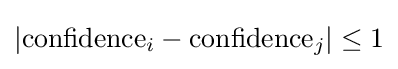
\vert \mathrm {confidence} _{i}-\mathrm {confidence} _{j}\vert \leq 1